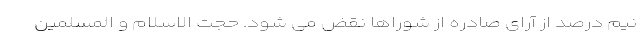
نیم درصد از آرای صادره از شوراها نقض می شود. حجت الاسلام و المسلمین